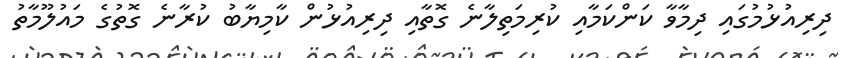
ދިރިއުޅުމުގައި ދިމާވާ ކަންކަމާއި ކުރިމަތިލާނެ ގޮތާއި ދިރިއުޅުން ކާމިޔާބު ކުރާނެ ގޮތުގެ މައުލޫމާތު